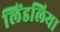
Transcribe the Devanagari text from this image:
लिंडलिया